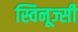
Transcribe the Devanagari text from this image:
स्विनूज्सी